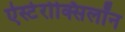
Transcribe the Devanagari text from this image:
ऐस्टेरोक्सिलॉन